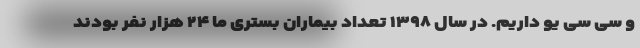
و سی سی یو داریم. در سال ۱۳۹۸ تعداد بیماران بستری ما ۲۴ هزار نفر بودند